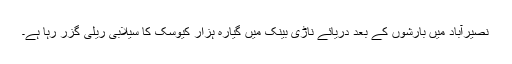
نصیرآباد میں بارشوں کے بعد دریائے ناڑی بینک میں گیارہ ہزار کیوسک کا سیلابی ریلی گزر رہا ہے۔